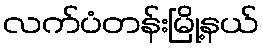
လက်ပံတန်းမြို့နယ်